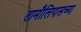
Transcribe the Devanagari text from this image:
तामौलिपासच्या